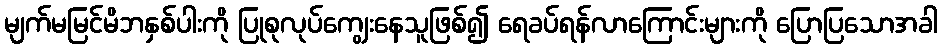
မျက်မမြင်မိဘနှစ်ပါးကို ပြုစုလုပ်ကျွေးနေသူဖြစ်၍ ရေခပ်ရန်လာကြောင်းများကို ပြောပြသောအခါ